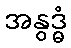
အနွဒ္ဓံ